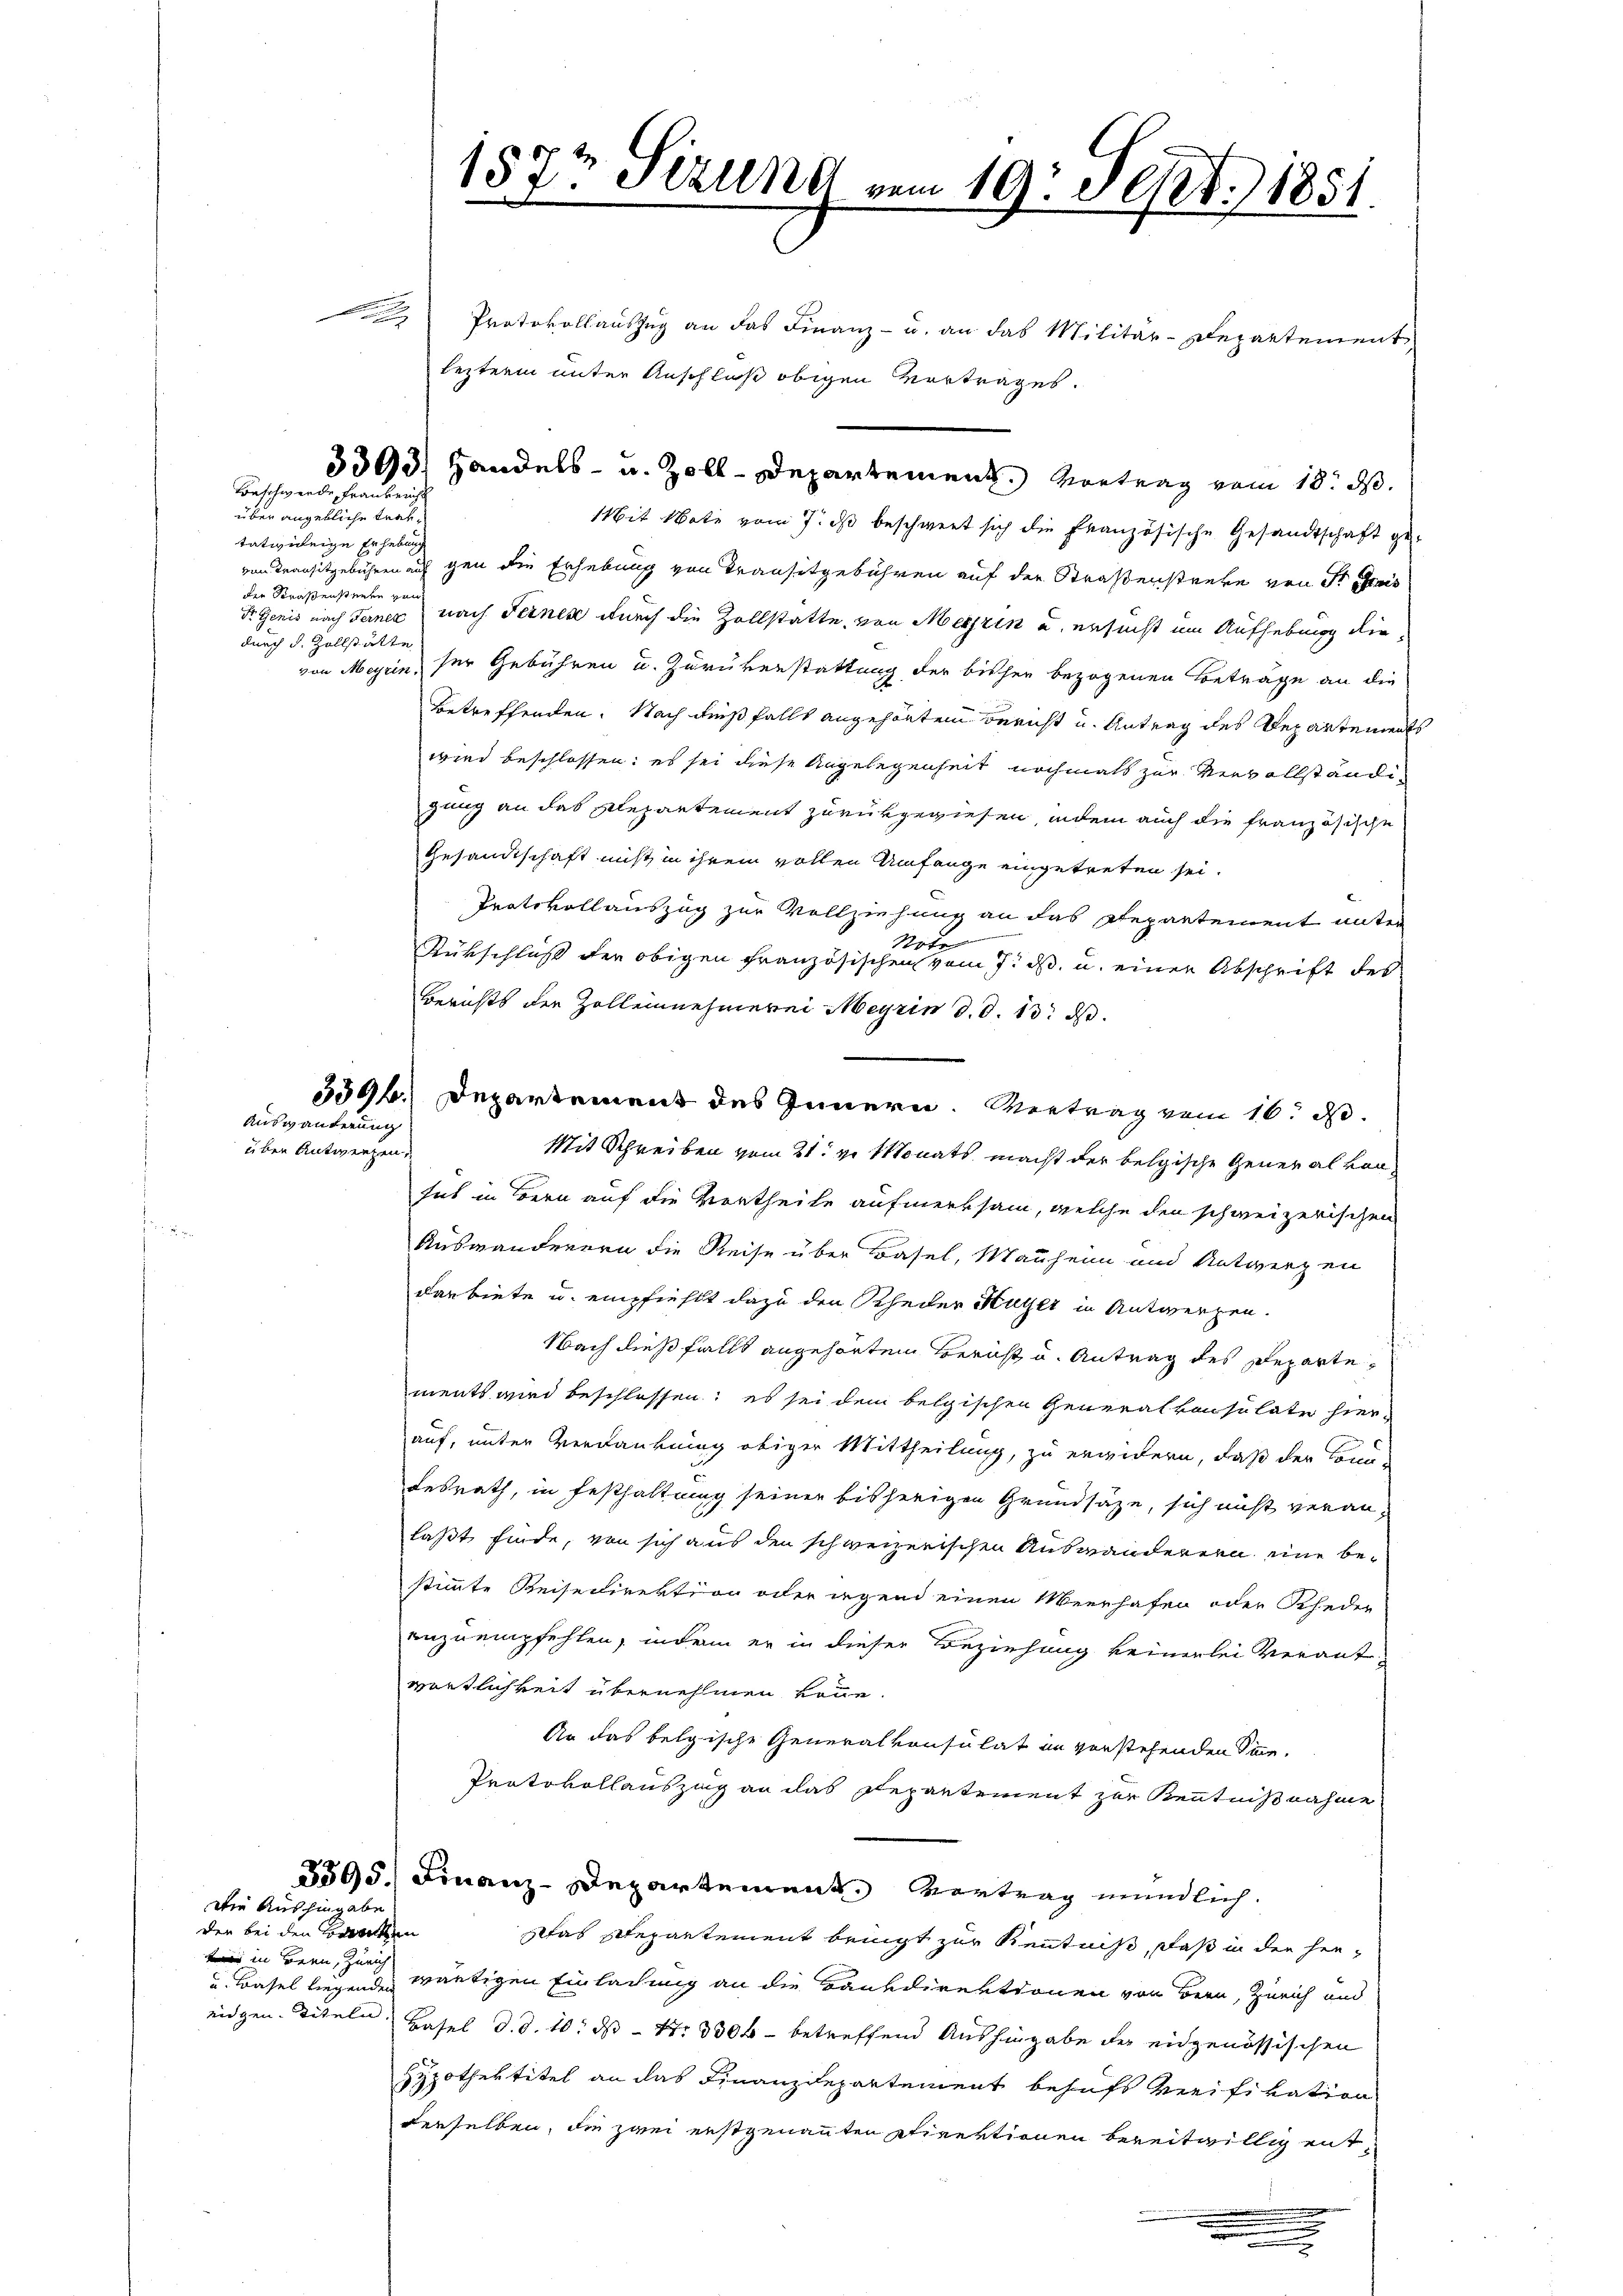
.

über angebliche Traktativiteige Erhebung
der Straßenstenden von
durch d. Zollstätte
von Meyrin.

Ausgäuterung
über Antwerfen.

Beschwende Fraukerch

Die Aushingabe
den bei den Bracken
 in Bern, d

Protokollauszug an das Finanz- u. an das Militär-Departement
lezterm unter Anschloß obigen Vertrages.
Mit Note vom 7. ds beschwert sich die französische Gesandtschaft gevon Transitgebühren auf gen die Erhebung von Transitgebühren auf der Straßenstreke von Fr. rais
Fr. Genis nach Ferner nach Ferner durch die Zollstatte, von Meeren und ersucht im Aufhebung die
ser Gebühren u. Zurükerstattung der bisher bezogenen Betrage an die
Betreffenden. Nach dießfalls angehörten Bericht u. Antrag des Departements
wird beschlossen: es sei diese Angelegenheit nochmals zur Vervollständizung an das Repartement zurükgewiesen, indem auch die französische
Gesandtschaft nicht in ihrem vollen Umfange eingetreten sei.
Trotokollauszug zur Vollziehung an das Repartement unter
Note
Rückschluß der obigen Französischen vom 7. ds. u. einer Abschrift des
Berichts der Zolleinehmerei Meyrin d. d. 13. ds.
Mit Schreiben vom 21. v. Monats macht der belgische General von
sus in Bern auf die Vortheile aufmerksam, welche den schweizerischen
Auswanderern die Reise über Basel, Mauheim und Antwerfen
darbiete u. empfiehlt dazu den Scheder Huyer in Antwerfen.
Nach dießfalls angehörten Bericht u. Antrag des Departements wird beschlossen; es sei dem belgischen Generalkonsulater hier-
auf, unter Verdankung obiger Mittheilung, zu erwidern, daß der Sonn-
Fesrath, in Festhaltung seiner bisherigen Grundsätze, sich nicht veranlaßt finde, von sich aus den schweizerischen Auswanderern eine bestimmte Reisedirektion oder irgend einen Meerhafen oder Rheder
anzuempfehlen, indem er in dieser Beziehung keinerlei Verantwortlichkeit übernehmen könne.
An das belgische Generalkonsulat in vorstehenden Sinne¬
Protokollauszing an das Repartement zur Kenntnißnahme
3595. Finanz-Departement. Vortrag mündlich.
tas schepartement beigt zur Kenntniß, daß in der her¬
u. Basel liegenden wärtigen Einlachung an die Bankdirektionen von Bern, Zürich und
eidgen. Titeln Hasel d. d. 10. ds Nr. 3300 betreffend Aushingabe der eidgenössischen
Hypothentitel an das Finanzdepartement behufs Verifikation
derselben, die zwei erstgenannten Direktionen bereitwillig ent¬
.

1877 Sizung vom 19. Sept. 1851.

3393. Handels- u. Zoll-Departement. Vortrag vom 18. d.

3396. Departement des Innern. Vertrag vom 16. d.